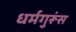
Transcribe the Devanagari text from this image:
धर्मगुरूंस